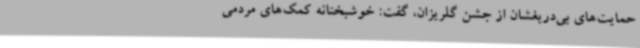
حمایت‌های بی‌دریغشان از جشن گلریزان، گفت: خوشبختانه کمک‌های مردمی